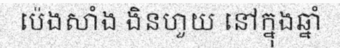
ប៉េងសាំង ងិនហួយ នៅក្នុងឆ្នាំ